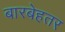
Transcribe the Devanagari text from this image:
बारबेहतर